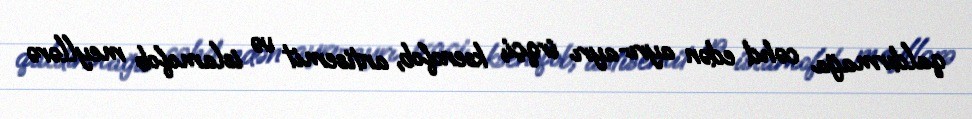
qaldırmağa cəhd edən ayrı-ayrı irqçi, ksenofob, antisemit və islamofob meyllərə